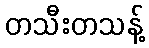
တသီးတသန့်